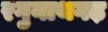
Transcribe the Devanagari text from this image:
रगुनाथगढ़